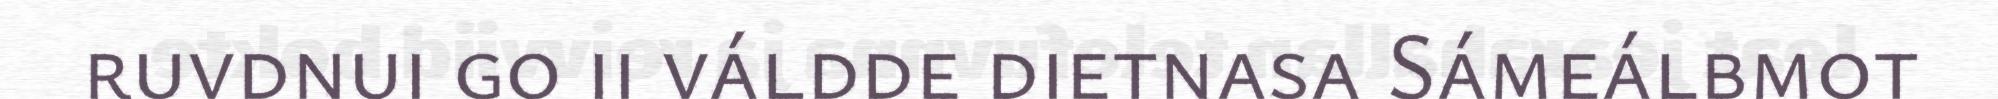
ruvdnui go ii váldde dietnasa Sámeálbmot